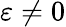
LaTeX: \varepsilon\neq 0